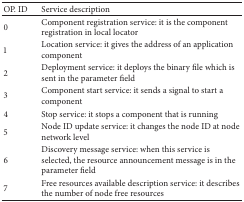
<table><thead><tr><td><b>OP. ID </b></td><td><b> Service description</b></td></tr></thead><tbody><tr><td> 0 </td><td> Component registration service: it is the component registration in local locator </td></tr><tr><td> 1 </td><td> Location service: it gives the address of an application component </td></tr><tr><td> 2 </td><td> Deployment service: it deploys the binary file which is sent in the parameter field </td></tr><tr><td> 3 </td><td> Component start service: it sends a signal to start a component </td></tr><tr><td> 4 </td><td> Stop service: it stops a component that is running </td></tr><tr><td> 5 </td><td> Node ID update service: it changes the node ID at node network level </td></tr><tr><td> 6 </td><td> Discovery message service: when this service is selected, the resource announcement message is in the parameter field </td></tr><tr><td> 7 </td><td> Free resources available description service: it describes the number of node free resources </td></tr></tbody></table>